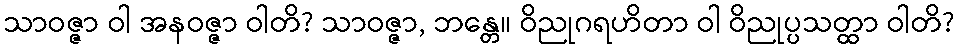
သာဝဇ္ဇာ ဝါ အနဝဇ္ဇာ ဝါတိ? သာဝဇ္ဇာ, ဘန္တေ။ ဝိညုဂရဟိတာ ဝါ ဝိညုပ္ပသတ္ထာ ဝါတိ?